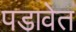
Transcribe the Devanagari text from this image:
पडावेत